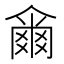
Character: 𤕨